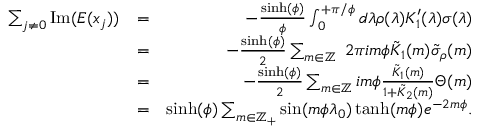
\begin{array} { r l r } { \sum _ { j \neq 0 } \mathrm { I m } ( E ( x _ { j } ) ) } & { = } & { - \frac { \sinh ( \phi ) } { \phi } \int _ { 0 } ^ { + \pi / \phi } d \lambda \rho ( \lambda ) K _ { 1 } ^ { \prime } ( \lambda ) \sigma ( \lambda ) } \\ & { = } & { - \frac { \sinh ( \phi ) } { 2 } \sum _ { m \in \mathbb { Z } } \ 2 \pi i m \phi \tilde { K } _ { 1 } ( m ) \tilde { \sigma } _ { \rho } ( m ) } \\ & { = } & { - \frac { \sinh ( \phi ) } { 2 } \sum _ { m \in \mathbb { Z } } i m \phi \frac { \tilde { K } _ { 1 } ( m ) } { 1 + \tilde { K } _ { 2 } ( m ) } \Theta ( m ) } \\ & { = } & { \sinh ( \phi ) \sum _ { m \in \mathbb { Z } _ { + } } \sin ( m \phi \lambda _ { 0 } ) \operatorname { t a n h } ( m \phi ) e ^ { - 2 m \phi } . } \end{array}